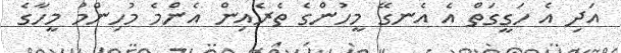
އަދި އެ ހަގީގަތް އެ އެނގޭ މީހުންގެ ތެރެއިން އެންމެ މުހިންމު މީހާގެ